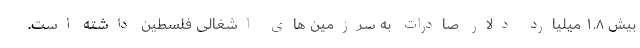
بیش ۱.۸ میلیارد دلار صادرات به سرزمین های اشغالی فلسطین داشته است.